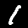
Digit: 1